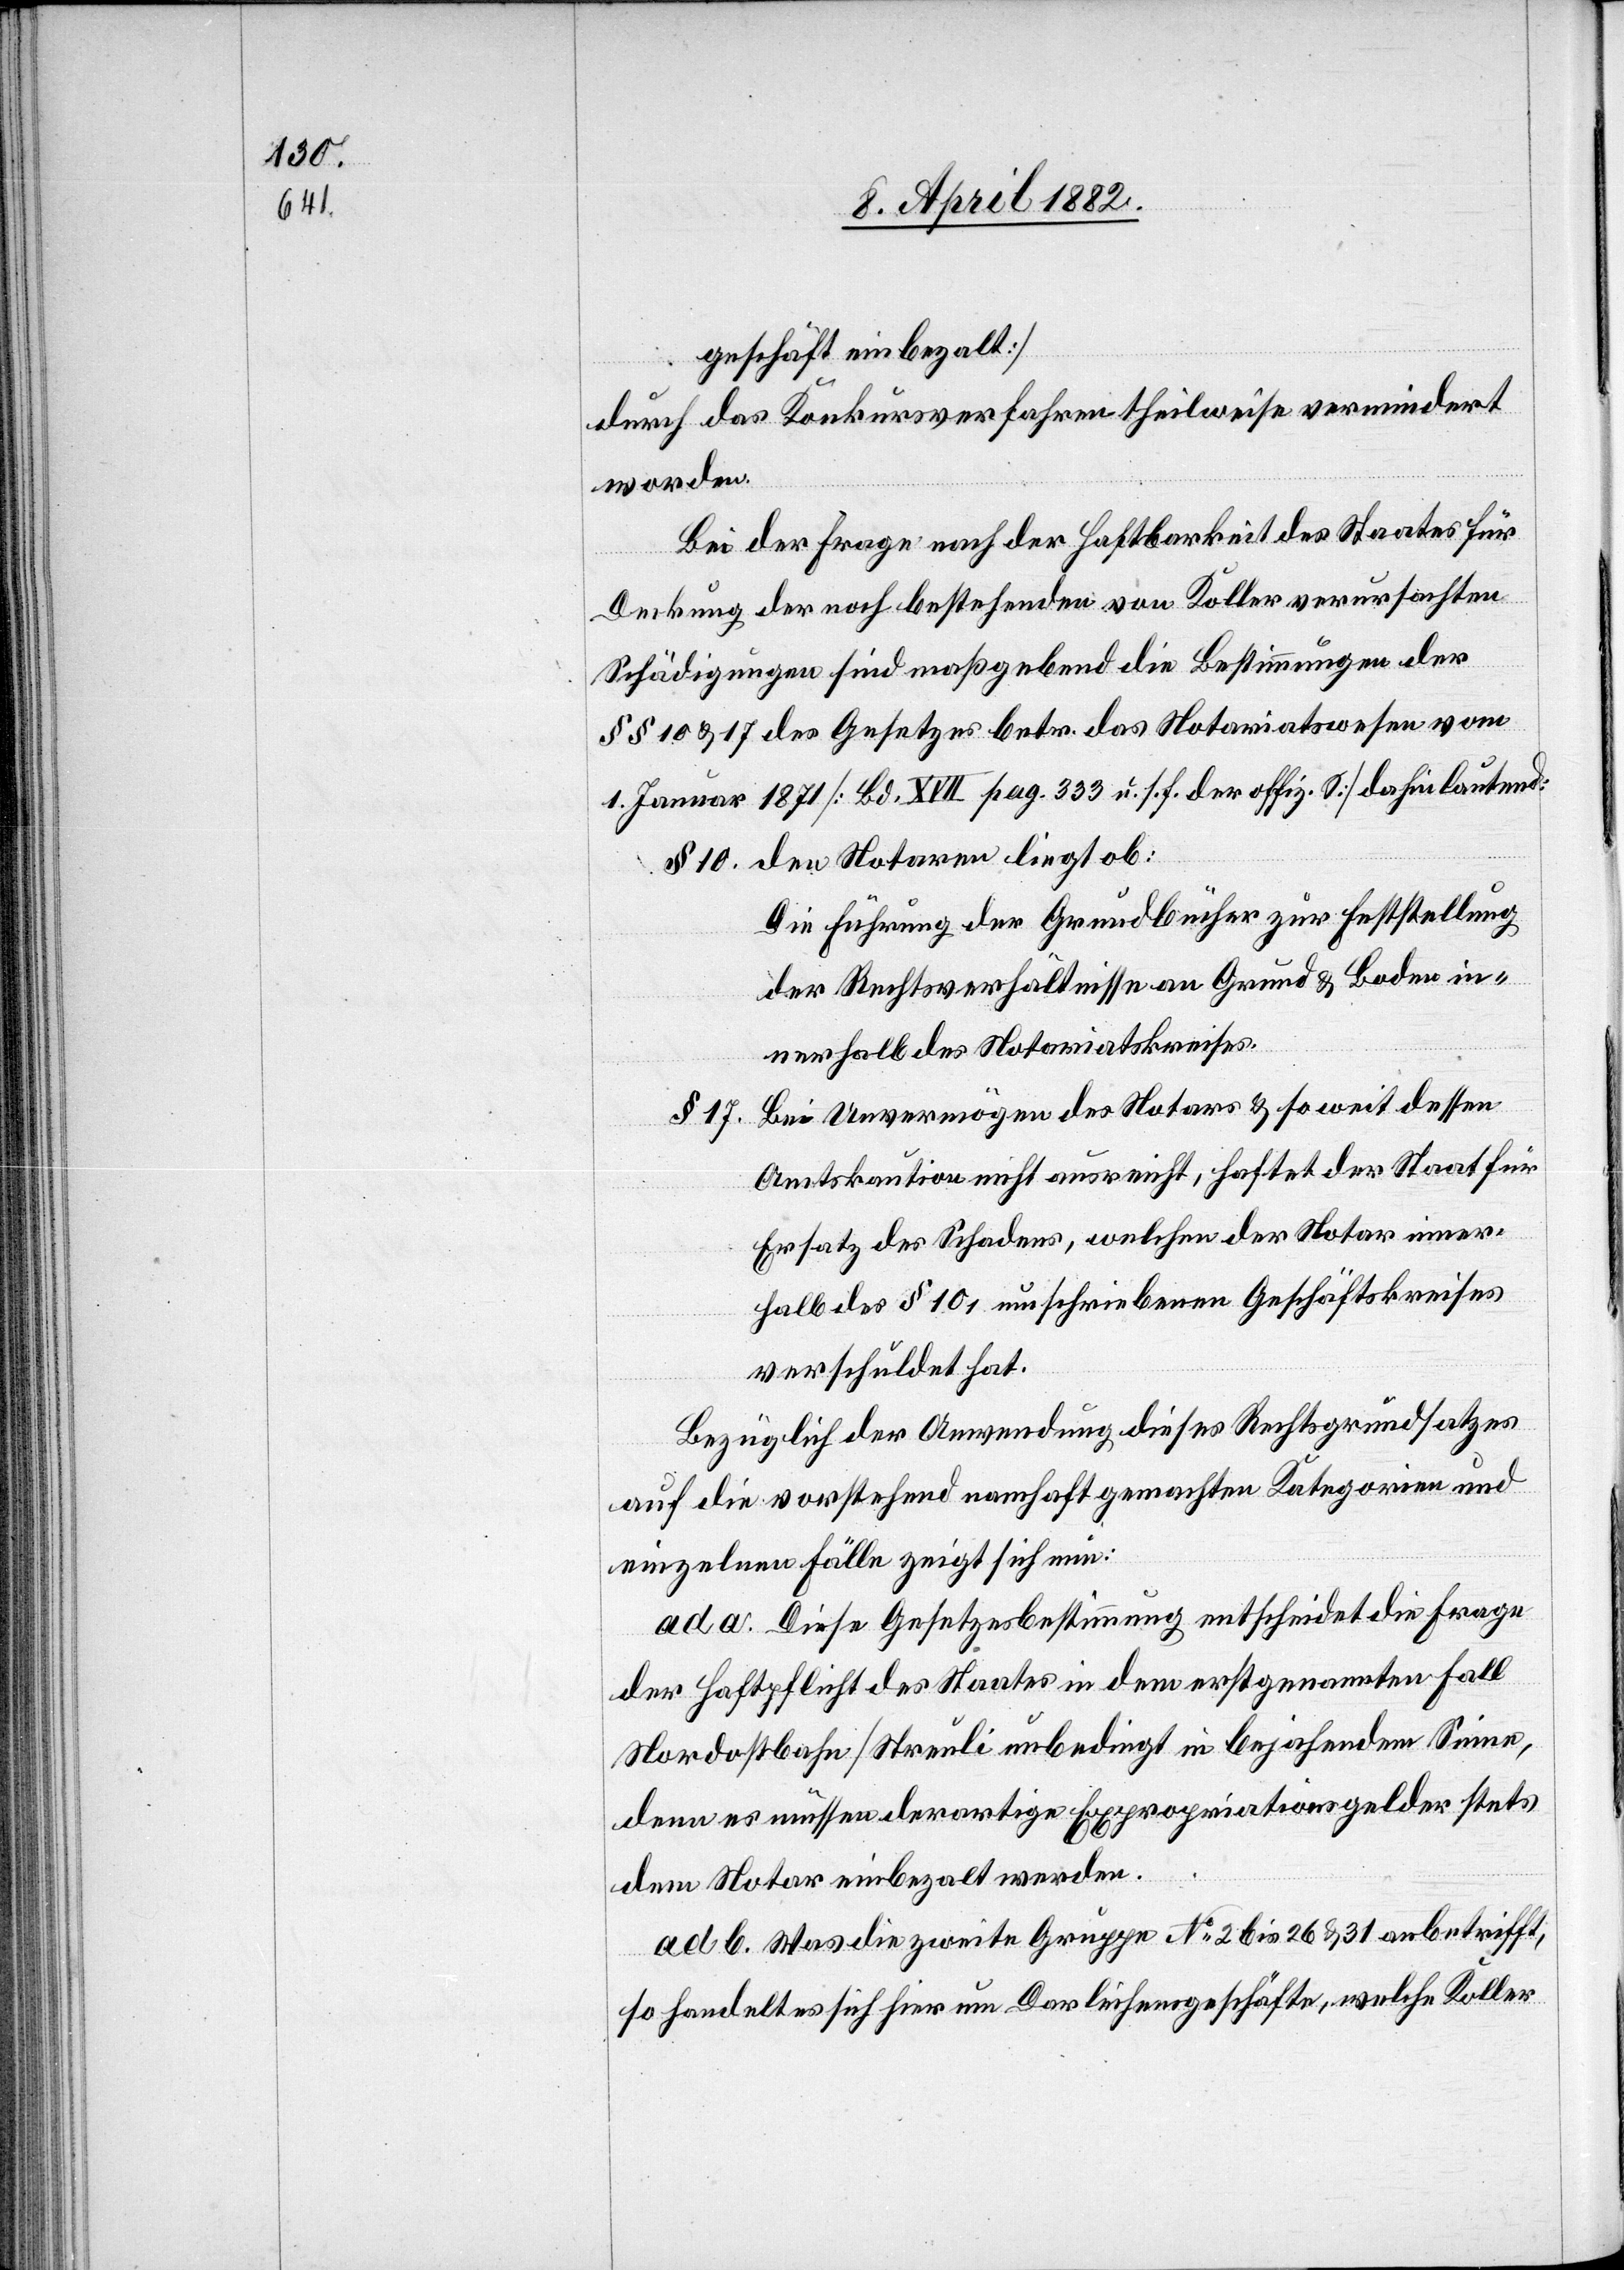
geschäft einbezalt]
durch das Konkursverfahren theilweise vermindert
worden.
Bei der Frage nach der Haftbarkeit des Staates für
Deckung der noch bestehenden von Koller verursachten
Schädigungen sind maßgebend die Bestimmungen der
§§ 10 & 17 des Gesetzes betr. das Notariatswesen vom
1. Januar 1871 [Bd. XVII pag. 333 u. s. f. der offiz. S.] dahin lautend:
Die Führung der Grundbücher zur Feststellung
der Rechtsverhältnisse an Grund & Boden in¬
nerhalb des Notariatskreises.
Bei Unvermögen des Notars & so weit dessen
§ 17.
Amtskaution nicht ausreicht, haftet der Staat für
Ersatz des Schadens, welchen der Notar inner¬
halb des § 10 1 umschriebenen Geschäftskreises
verschuldet hat.
Bezüglich der Anwendung dieses Rechtsgrundsatzes
auf die vorstehend namhaft gemachten Kategorien und
einzelnen Fälle zeigt sich nun:
ad a. Diese Gesetzesbestimmung entscheidet die Frage
der Haftpflicht des Staates in dem erstgenannten Fall
Nordostbahn/Streuli unbedingt in bejahendem Sinne,
denn es müssen derartige Expropriationsgelder stets
dem Notar einbezalt werden.
ad b. Was die zweite Gruppe No 2 bis 26 & 31 anbetrifft,
so handelt es sich hier um Darleihensgeschäfte, welche Koller